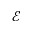
\mathcal { E }